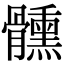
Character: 𩪱